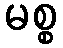
မစ္စ